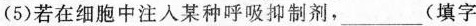
(5)若在细胞中注入某种呼吸抑制剂，___(填字